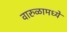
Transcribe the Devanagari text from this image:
वारुळामध्ये